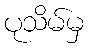
ပုသိမ်မှ